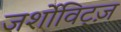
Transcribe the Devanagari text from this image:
जर्शोविट्ज़